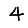
Digit: 4